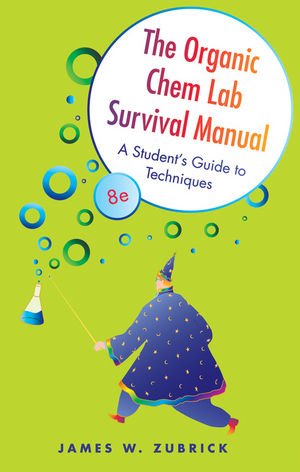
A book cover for The Organic Chem Lab Survival Manual: A Student's Guide to Techniques; James W. Zubrick; Science & Math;